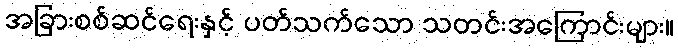
အခြားစစ်ဆင်ရေးနှင့် ပတ်သက်သော သတင်းအကြောင်းများ။